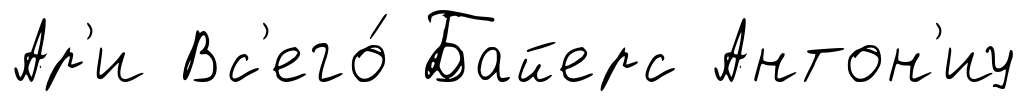
Ар'и Вс'его́ Байерс Антон'иу